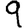
Digit: 9